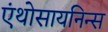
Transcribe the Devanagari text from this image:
एंथोसायनिन्स